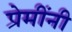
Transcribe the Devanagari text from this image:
प्रेमींनी